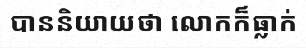
បាននិយាយថា លោកក៏ធ្លាក់